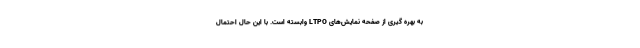
به بهره گیری از صفحه نمایش‌های LTPO وابسته است. با این حال احتمال